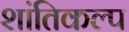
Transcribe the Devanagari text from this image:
शांतिकल्प